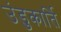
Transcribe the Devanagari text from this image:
उंडुकार्ति